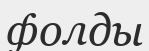
фолды